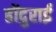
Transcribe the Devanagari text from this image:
होंदुराई